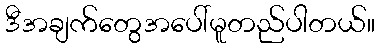
ဒီအချက်တွေအပေါ်မူတည်ပါတယ်။